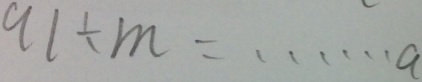
9 1 \div m = \cdots a